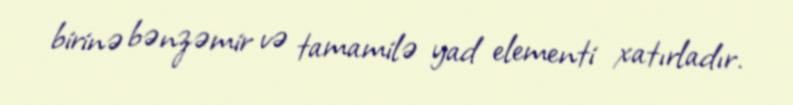
birinə bənzəmir və tamamilə yad elementi xatırladır.